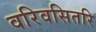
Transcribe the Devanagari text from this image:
वरिवसितरि